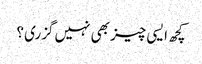
کچھ ایسی چیز بھی نہیں گزری ؟